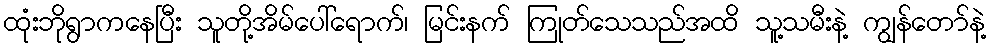
ထုံးဘိုရွာကနေပြီး သူတို့အိမ်ပေါ်ရောက်၊ မြင်းနက် ကြုတ်သေသည်အထိ သူ့သမီးနဲ့ ကျွန်တော်နဲ့